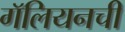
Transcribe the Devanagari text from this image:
गॅलियनची